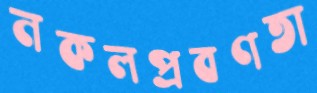
নকলপ্রবণতা